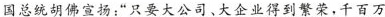
国总统胡佛宣扬：“只要大公司、大企业得到繁荣，千百万